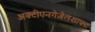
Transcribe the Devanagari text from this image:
अक्टीएनगेज़ेलशाफ्ट